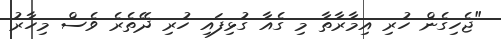
"ޖެހިގެން ހުރި އިމާރާތާ މި ގެއާ ގުޅިފައި ހުރި ދޭތެރެ ވެސް މިހާރު